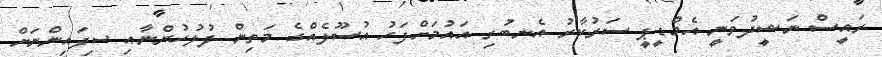
ރައީސް ނަޝީދުވަނީ އެމްޑީޕީ ސަރުކާރު އެނބުރި އައުމަށްފަހު އުސޫލެއްގެ މަތިން ފުލުހުންނާއި ސިފައިންނަށް